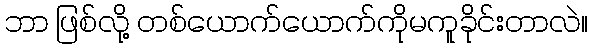
ဘာ ဖြစ်လို့ တစ်ယောက်ယောက်ကိုမကူခိုင်းတာလဲ။